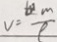
v = \frac { c } { 7 }